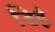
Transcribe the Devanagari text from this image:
डिहं